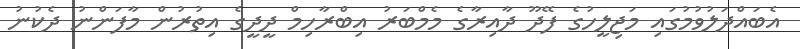
އެބައްދަލުވުމުގައި މަޖިލީހުގެ ފޭދޫ ދާއިރާގެ މެމްބަރު އިބްރާހިމް ދީދީގެ އިތުރުން މާފަންނު ދެކުނު